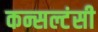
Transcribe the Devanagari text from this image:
कन्सल्टंसी